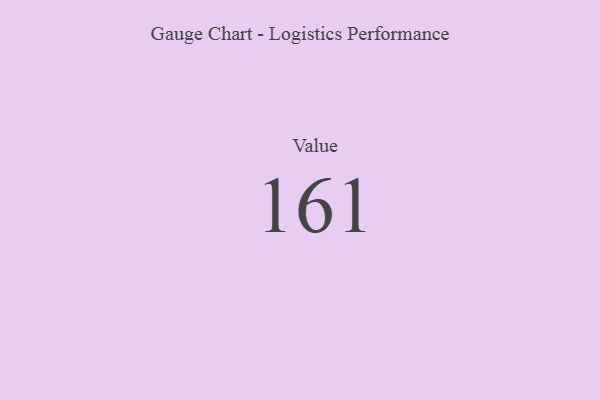
{"axis": {"x": "Metric", "y": "Value"}, "legend": [""], "data": [{"x": "Value", "y": 161, "type": ""}]}